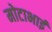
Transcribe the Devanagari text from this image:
मोटाभाई